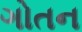
ગોતન